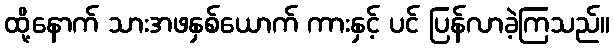
ထို့နောက် သားအဖနှစ်ယောက် ကားနှင့် ပင် ပြန်လာခဲ့ကြသည်။